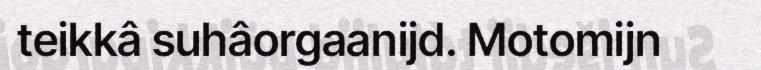
teikkâ suhâorgaanijd. Motomijn